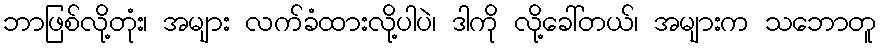
ဘာဖြစ်လို့တုံး၊ အများ လက်ခံထားလို့ပါပဲ၊ ဒါကို လို့ခေါ်တယ်၊ အများက သဘောတူ